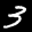
Label: 3